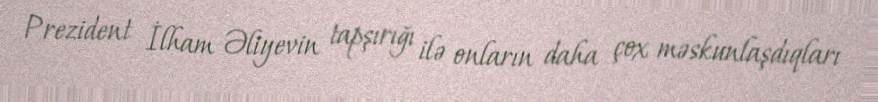
Prezident İlham Əliyevin tapşırığı ilə onların daha çox məskunlaşdıqları